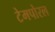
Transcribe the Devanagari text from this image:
टेमपोरल